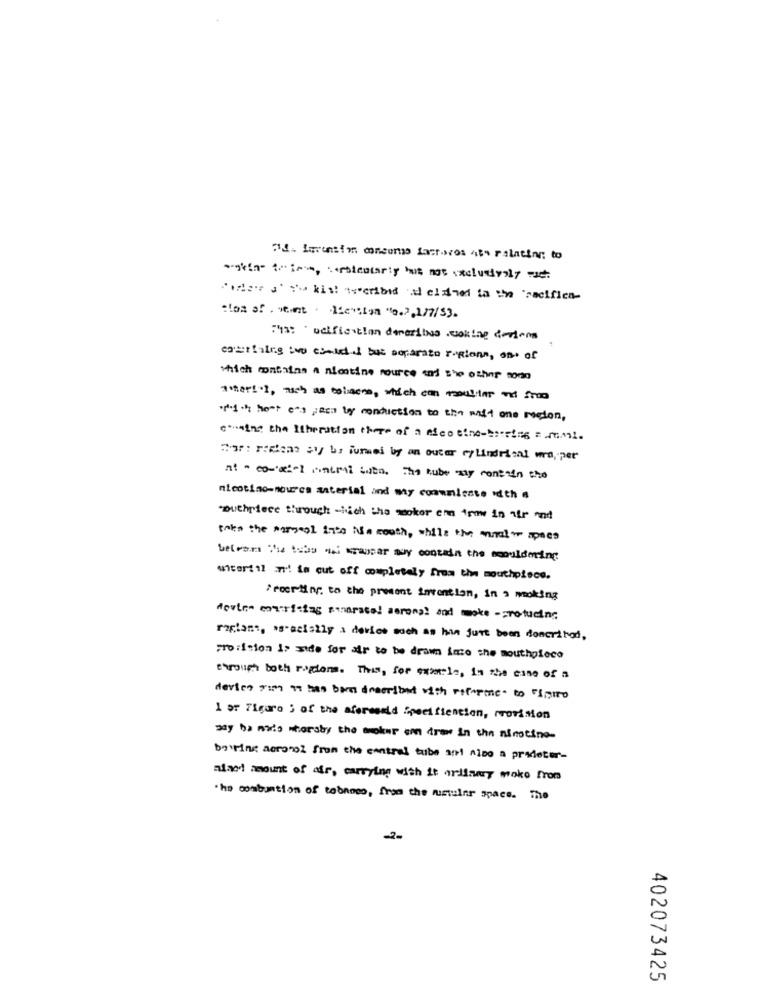
"d. Ierensim moncomo factoros ate relating to
sakin todos, ambientarly but not exclusively -
Pazar a' i'a kis! tweeribed al clined ta cha pacifica-
aLos of seamt . leccion "o.2.1/7/53.
Fix: dification demartins cooktag derton
courting two could but separate r-Rions, one of
which contains a nicotine source and she ochog sono
Ahart. 1, much as coisas, which can moules not from
11 host essca by conduction to the wait one rection,
coming the liberation there of a edco cine-berries = maml.
#3r: rekiens ;1/ br iumsei by an outer cylindrical wra, per
at " co-x'I contral luto. The cube may contain the
nieotino-noures material and my comunicate with #
Auchpiece through -with the sokor em trow in air and
takes the marycol into his mouth, while the maal space
betwen the twoo mai wrapper may contain the bouldering
mitert 1l mi! ia cut off completely from the mouthpiece.
Procrting. to the present invention, in a woking
Houten emerictas sarato! aerona and smoke -producing
raplant, ssracially a device such as has just been described.
pro :ision i> xide for air to be drawn into the mouthpiece
through both restons. This, for xxl =, in the case of a
devies Tim is bes barn doorsbut with ritirare to "1,150
1 or Figaro ; of the aforwould Enscifiention, movision
my ha mais torsby the moker om drew in the nicotine
baring aerosol from the central tube ani nico a prodeter-
niaod amount of air, carrying with it oriaary moke from
"he contantion of tobnose, from the rumtular space. The
2-
402073425